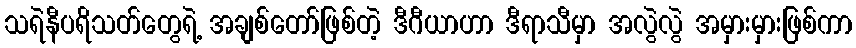
သရဲနီပရိသတ်တွေရဲ့ အချစ်တော်ဖြစ်တဲ့ ဒီဂီယာဟာ ဒီရာသီမှာ အလွဲလွဲ အမှားမှားဖြစ်ကာ